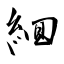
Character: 絗